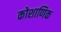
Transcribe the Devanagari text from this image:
कोशाणिक